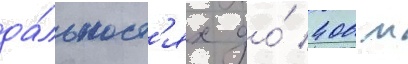
да́льност'ях до́ 400 м